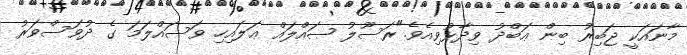
މާނައަކީ ޖަބިރު ބިން ޢަބްދު ވިދާޅުވިއެވެ."ރަސޫލު ޞައްލައް ޢަލައިހި ވަސައްލަމަ ގެ ދުވަސްވަރު